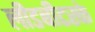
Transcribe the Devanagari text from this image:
लीडबीटरके